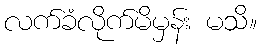
လက်ခံလိုက်မိမှန်း မသိ။